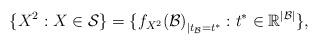
LaTeX: \begin{align*} \{ X^2 : X \in \mathcal{S} \} = \{ {f_{X^2}(\mathcal{B})}_{|t_\mathcal{B}=t^*} : t^* \in \mathbb{R}^{|\mathcal{B} |} \}, \end{align*}